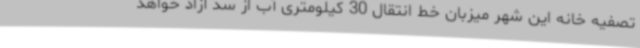
تصفیه خانه این شهر میزبان خط انتقال 30 کیلومتری آب از سد آزاد خواهد